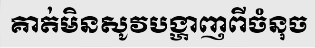
គាត់មិនសូវបង្ហាញពីចំនុច